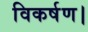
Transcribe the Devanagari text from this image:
विकर्षण।